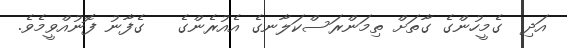
އަދި  ގެމީހުންގެ ގާތަށް ތިމަންރަސްކަލާނގެ އެއުރެންގެ   ގެފާނު ފޮނުއްވީމެވެ.